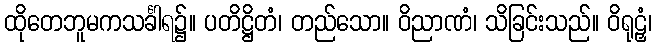
ထိုတေဘူမကသင်္ခါရ၌။ ပတိဋ္ဌိတံ၊ တည်သော။ ဝိညာဏံ၊ သိခြင်းသည်။ ဝိရုဠှံ၊